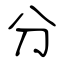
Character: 分